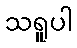
သရူပါ